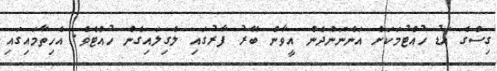
ގިސްގެ އަޑު ހުއްޓުމަކަށް އަންނަންދެން އީވާން ބޭރު ފާރުގައި ލެގިލައިގެން ހުއްޓެވެ. އެހިތާމައިގައި